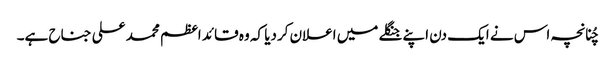
چُنانچہ اس نے ایک دن اپنے جنگلے میں اعلان کردیا کہ وہ قائد اعظم محمد علی جناح ہے۔